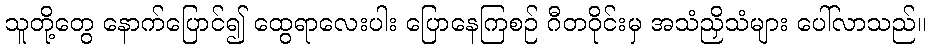
သူတို့တွေ နောက်ပြောင်၍ ထွေရာလေးပါး ပြောနေကြစဉ် ဂီတဝိုင်းမှ အသံညှိသံများ ပေါ်လာသည်။